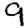
Digit: 9